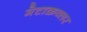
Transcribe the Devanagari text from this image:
मेटाक्रव्लर